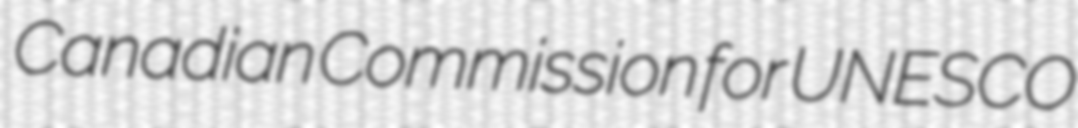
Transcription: Canadian Commission for UNESCO